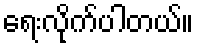
ရေးလိုက်ပါတယ်။